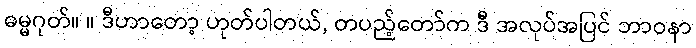
ဓမ္မဂုတ်။ ။ ဒီဟာတော့ ဟုတ်ပါတယ်, တပည့်တော်က ဒီ အလုပ်အပြင် ဘာဝနာ